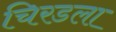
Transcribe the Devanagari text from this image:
चिरडला